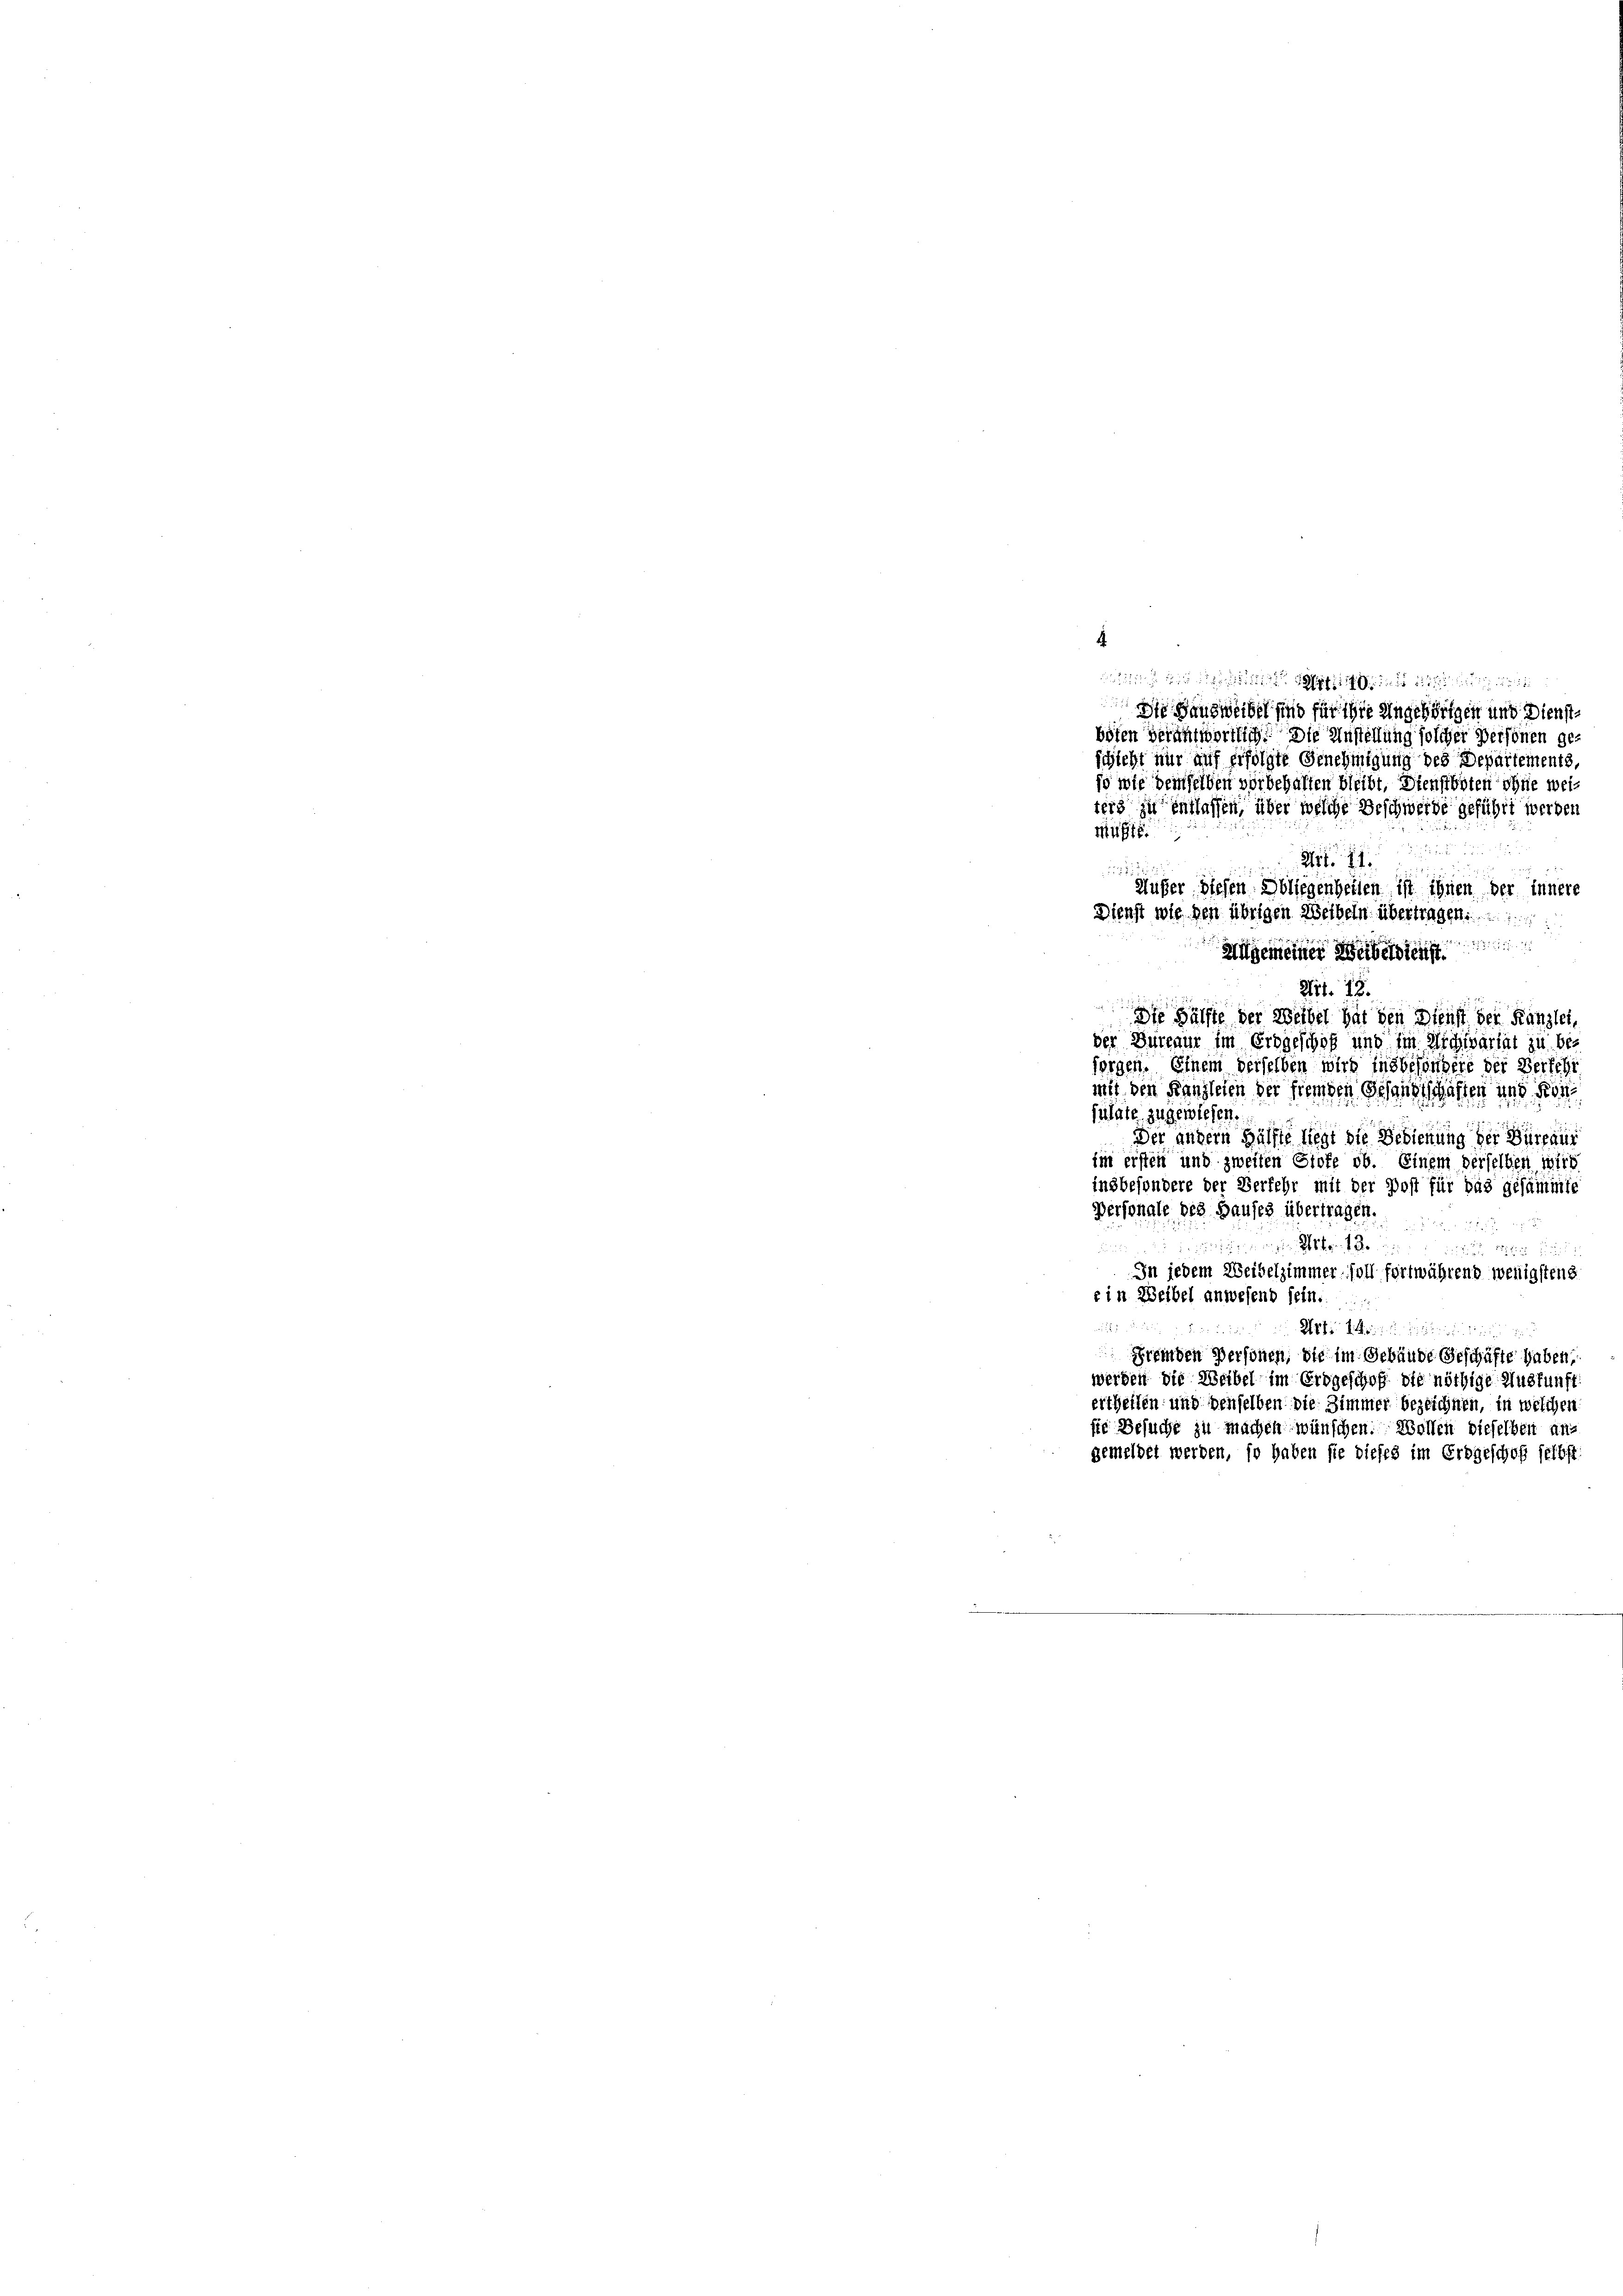
so wie demselben vorbehalten bleibt. Dienstboten ohne weiters zu entlassen, über welche Beschwerde geführt werden
Müßte.
Art. 11.
28
Außer diesen Abliegenheiten ist ihnen der innere
Dienst wie den übrigen Weibeln übertragen.
Hulgemeiner Weibelgien
Art. 12.

Die Hälfte der Weibel hat den Dienst der Kanzlei,
der Büreaur im Erbgeschof und im Michivariat zu besorgen. Einem derselben wird insbesondere der Verfehr
mit den Kanzleien der fremden Gesandtschaften und Kon
sutate zugewiesen.

4

Der andern Hälfte liegt die Bedienung der Bürgani
ii ersten und zweiten Stote ob. Einem derselben wird
insbesondere der Verfehr mit der Post für das gesammte
Personale des Hauses übertragen.
u in eigen sie schont. So

In jedem Weibelzimmer soll fortwährend wenigstens
« in Weibel anwesend sein....
 D

Art. 14. Miter
Fremden Personen, die im Gebäude Geschäfte haben,
werden die Weibel im Erbgeschof die nöthige Auskunft
ertheilen und denselben die Zimmer bezeichnen, in welchen
sie Besuche zu machen wünschen. Wollen dieselben ans
gemeindet werden, so haben sie dieses im Erdgeschoff selbst:

die eine nichtigun
Die Handweibel sind für die Angehörigen und Dienst¬

boten verantwortlich die Anstellung solcher Personen ge-
schieht nur auf erfolgte Genehmigung des Departements,